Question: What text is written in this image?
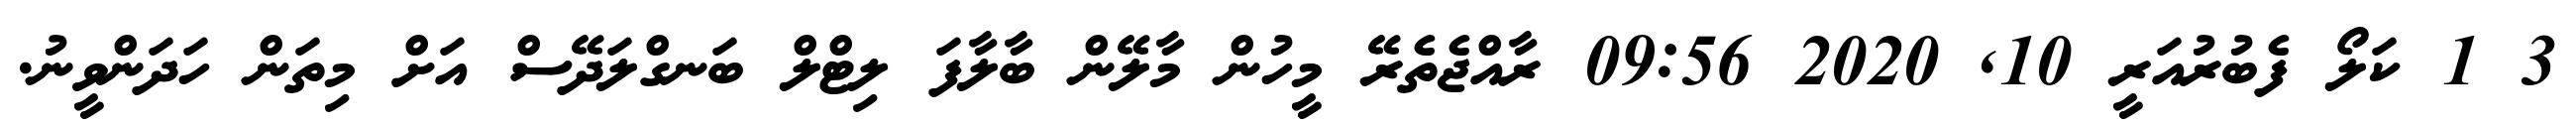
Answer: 3 1 ކަލޯ ފެބުރުއަރީ 10, 2020 09:56 ރާއްޖެތެރޭ މީހުން މާލޭން ބާލާފަ ލިޓްލް ބަނގްލަދޭސް އަށް މިތަން ހަދަންވީނު.